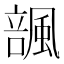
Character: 𱃆